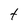
Character: t